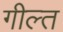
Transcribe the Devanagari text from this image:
गील्त